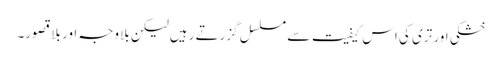
خشکی اور تری کی اس کیفیت سے مسلسل گزرتے رہیں لیکن بلاوجہ اور بلا قصور۔